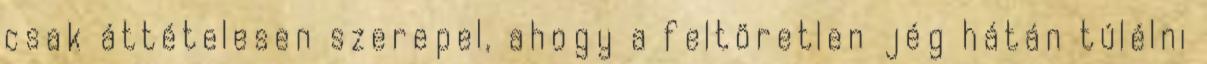
csak áttételesen szerepel, ahogy a feltöretlen jég hátán túlélni